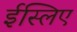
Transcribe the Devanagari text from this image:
ईस्लिए